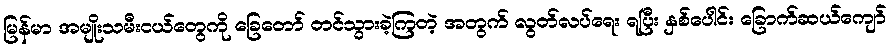
မြန်မာ အမျိုးသမီးငယ်တွေကို ခြေတော် တင်သွားခဲ့ကြတဲ့ အတွက် လွတ်လပ်ရေး ရပြီး နှစ်ပေါင်း ခြောက်ဆယ်ကျော်